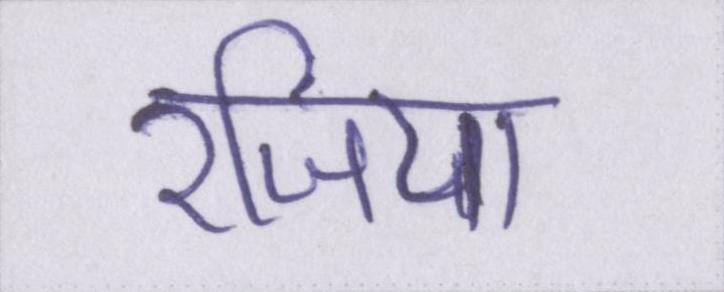
रजिया